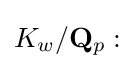
K_{w}/\mathbf {Q} _{p}: